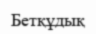
Бетқұдық